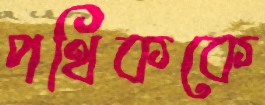
পথিককে